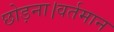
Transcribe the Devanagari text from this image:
छोड़ना।वर्तमान